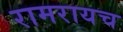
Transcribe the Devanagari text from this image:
रामरायच